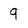
Character: 9